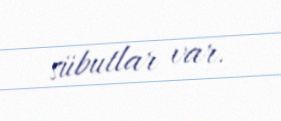
sübutlar var.